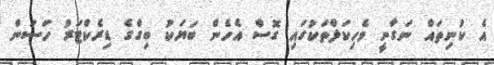
އެ ކުނިތައް ނަގާނީ ވެހިކަލްތަކުގައި ގޮސް އެހެން ބަޔަކު ބިގްގެ ޑިރެކްޓަރު ހަސަން